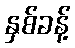
နှစ်ခန့်